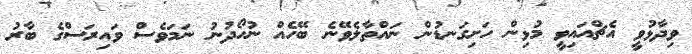
ވިދާޅުވީ އެޗްއައިވީ މުޅިން ހަށިގަނޑުން ނައްތާލެވޭނެ ބޭހެއް ނުހޯދުނު ނަމަވެސް ވައިރަސްގެ ބާރު